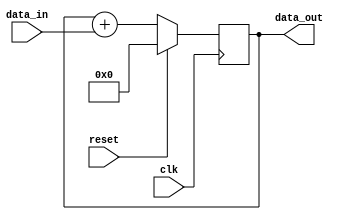
module accumulator (
    input wire clk,
    input wire reset,
    input wire [31:0] data_in,
    output reg [31:0] data_out
);

reg [31:0] accumulator;

always @(posedge clk) begin
    if (reset) begin
        accumulator <= 0;
    end else begin
        accumulator <= accumulator + data_in;
    end
end

assign data_out = accumulator;

endmodule